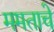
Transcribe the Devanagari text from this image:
ममताचे